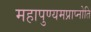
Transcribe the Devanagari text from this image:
महापुण्यमप्राप्नोति